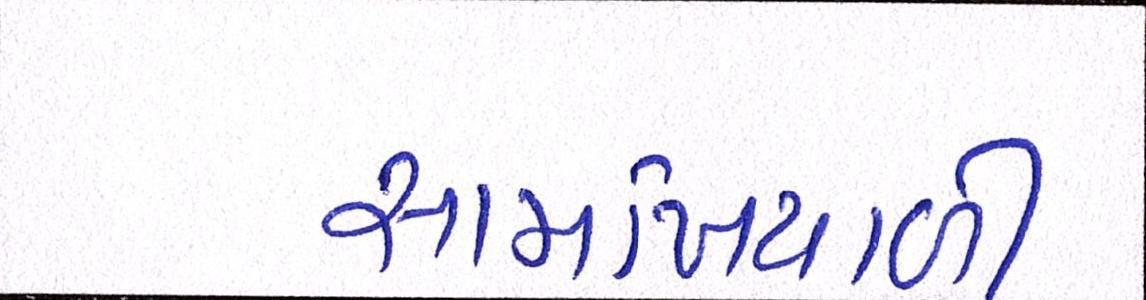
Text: સામખિયાળી